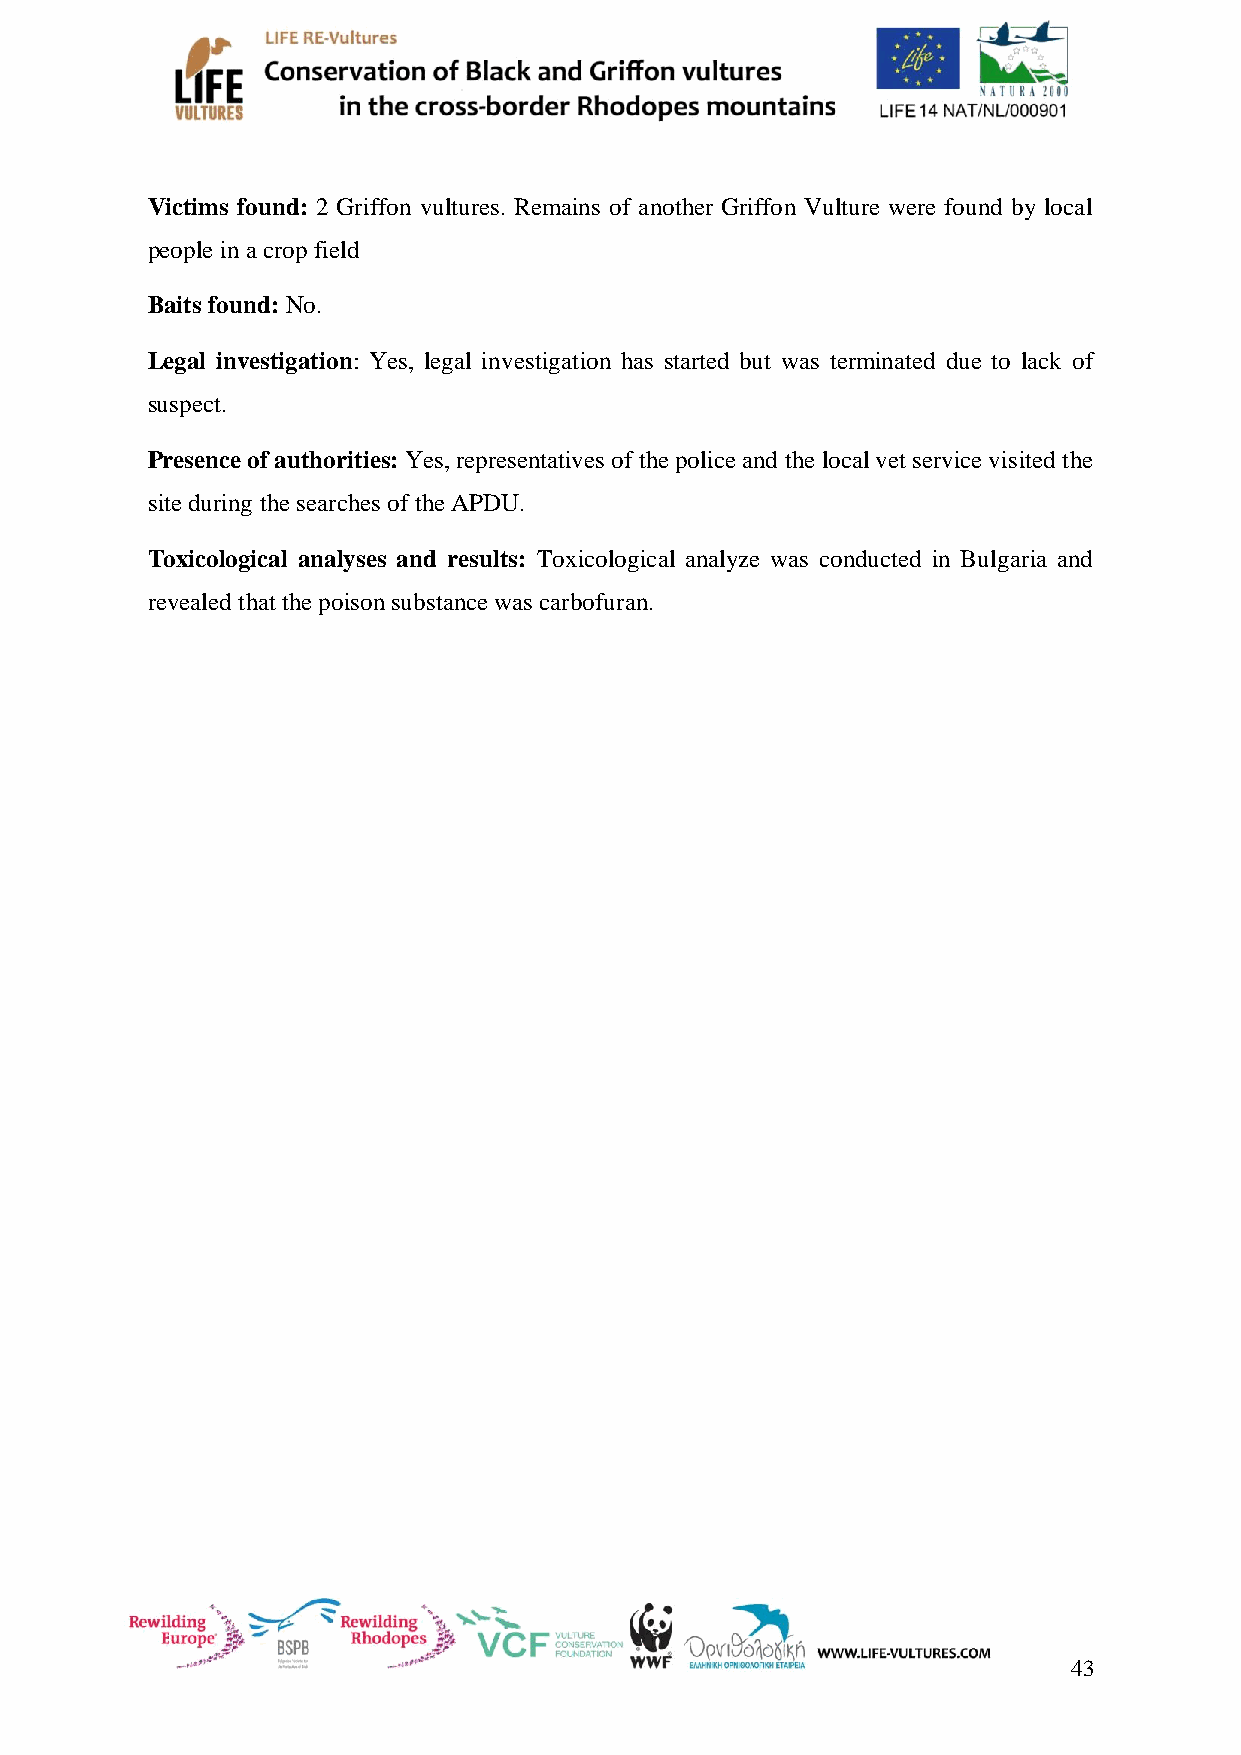
Victims found: 2 Griffon vultures. Remains of another Griffon Vulture were found by local
 people in a crop field
 Baits found: No.
 Legal investigation: Yes, legal investigation has started but was terminated due to lack of
 suspect.
 Presence of authorities: Yes, representatives of the police and the local vet service visited the
 site during the searches of the APDU.
 Toxicological analyses and results: Toxicological analyze was conducted in Bulgaria and
 revealed that the poison substance was carbofuran.
 43